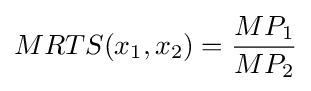
MRTS(x_{1},x_{2})={\frac {MP_{1}}{MP_{2}}}